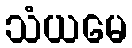
သံယမေ